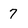
Character: 7